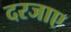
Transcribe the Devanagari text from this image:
दरजाए